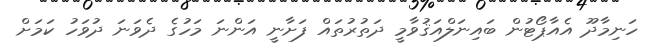
ހަނިމާދޫ އެއާޕޯޓުން ބައިނަލްއަޤުވާމީ ދަތުރުތައް ފަށާނީ އަންނަ މަހުގެ ދެވަނަ ދުވަހު ކަމަށް